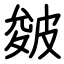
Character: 皴